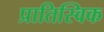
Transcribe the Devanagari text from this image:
प्रातिस्विक